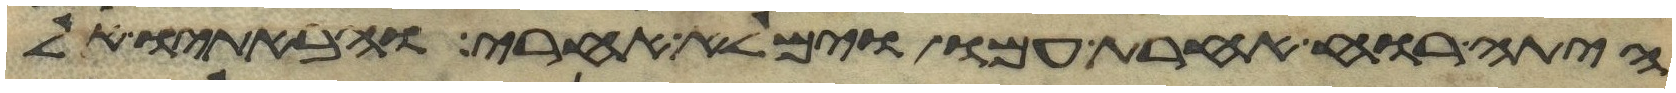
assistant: היתה רוח אחרת עמו וימלא אחרי והבאתיו אל